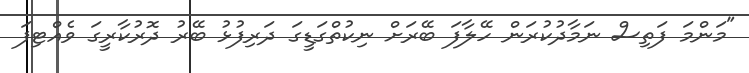
"މަންމަ ފަތިސް ނަމާދުކުރަން ހޭލާފަ ބޭރަށް ނިކުތްގަޑީގަ ދަރިފުޅު ބޭރު ދޮރުކާރީގަ ވެއްޓިފަ